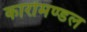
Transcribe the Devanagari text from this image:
कारोमण्डल